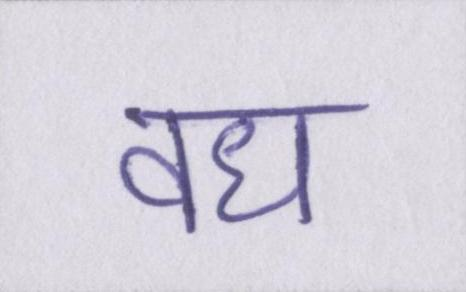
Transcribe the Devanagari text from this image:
वध